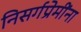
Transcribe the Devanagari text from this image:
निसर्गप्रेमींना